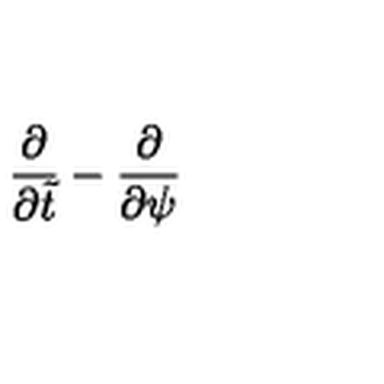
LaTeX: { \frac { \partial } { \partial \tilde { t } } } - { \frac { \partial } { \partial \psi } }